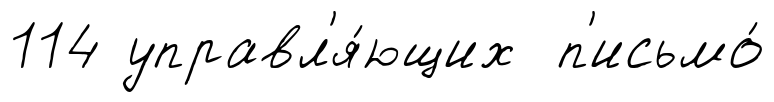
114 управл'я́ющих п'исьмо́